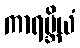
ကာရမ္ဘိယံ